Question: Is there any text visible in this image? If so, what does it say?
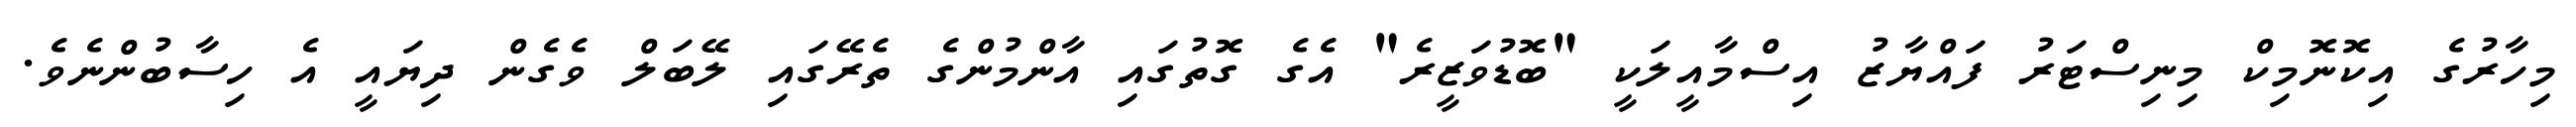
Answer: މިހާރުގެ އިކޮނޮމިކް މިނިސްޓަރު ފައްޔާޒު އިސްމާއީލަކީ "ބޮޑުވަޒީރެ" އެގެ ގޮތުގައި އާންމުންގެ ތެރޭގައި ލޭބަލް ވެގެން ދިޔައީ އެ ހިސާބުންނެވެ.